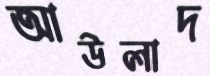
আউলাদ